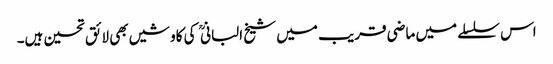
اس سلسلے میں ماضی قریب میں شیخ البانی کی کاوشیں بھی لائق تحسین ہیں۔